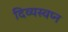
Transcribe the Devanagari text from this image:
दिव्यस्वप्न